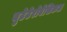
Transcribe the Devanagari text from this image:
युटेटेरोवेसिकल